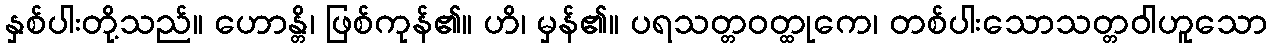
နှစ်ပါးတို့သည်။ ဟောန္တိ၊ ဖြစ်ကုန်၏။ ဟိ၊ မှန်၏။ ပရသတ္တဝတ္ထုကေ၊ တစ်ပါးသောသတ္တဝါဟူသော